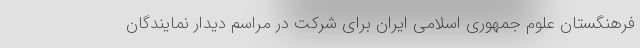
فرهنگستان علوم جمهوری اسلامی ایران برای شرکت در مراسم دیدار نمایندگان